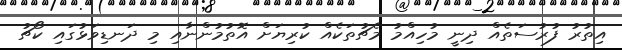
އިތުރު ފުރުސަތެއް ދިނީ މުހިއްމު މެޗުތަކެއް ކުރިޔަށް އޮތުމުންނާއި މި ދަނޑިވަޅުގައި ކޯޗު